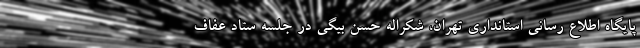
پایگاه اطلاع رسانی استانداری تهران، شکراله حسن بیگی در جلسه ستاد عفاف